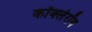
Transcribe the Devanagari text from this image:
कॉक्लेरॉय